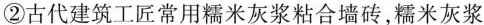
②古代建筑工匠常用糯米灰浆粘合墙砖，糯米灰浆